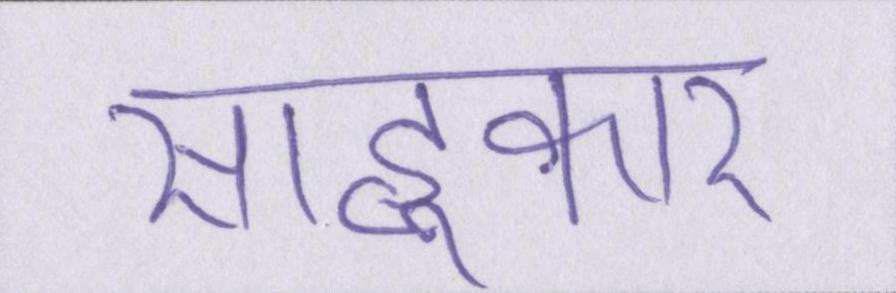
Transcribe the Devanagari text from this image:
साहूकार